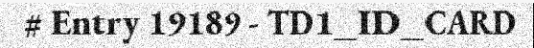
# Entry 19189 - TD1_ID_CARD